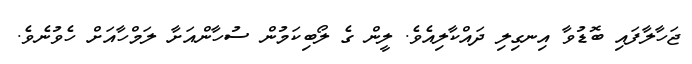
ޖަހާލާފައި ބޮޑުވާ އިނގިލި ދައްކާލިއެވެ. ލީން ގެ ލޯބިކަމުން ސުހާންއަށާ ލަމްހާއަށް ހެވުނެވެ.